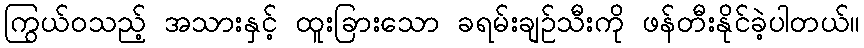
ကြွယ်ဝသည့် အသားနှင့် ထူးခြားသော ခရမ်းချဉ်သီးကို ဖန်တီးနိုင်ခဲ့ပါတယ်။